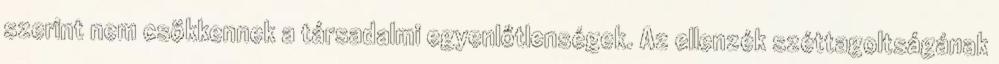
szerint nem csökkennek a társadalmi egyenlőtlenségek. Az ellenzék széttagoltságának